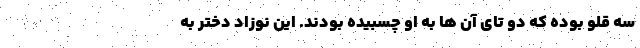
سه قلو بوده که دو تای آن ها به او چسبیده بودند. این نوزاد دختر به